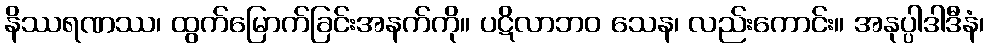
နိဿရဏဿ၊ ထွက်မြောက်ခြင်းအနက်ကို။ ပဋိလာဘဝ သေန၊ လည်းကောင်း။ အနုပ္ပါဒါဒီနံ၊